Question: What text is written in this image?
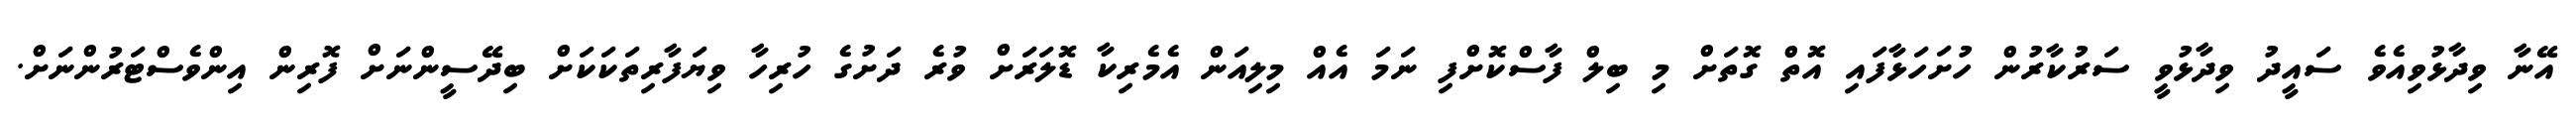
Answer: އޭނާ ވިދާޅުވިއެވެ ސައީދު ވިދާޅުވީ ސަރުކާރުން ހުށަހަޅާފައި އޮތް ގޮތަށް މި ބިލް ފާސްކޮށްފި ނަމަ އެއް މިލިއަން އެމެރިކާ ޑޮލަރަށް ވުރެ ދަށުގެ ހުރިހާ ވިޔަފާރިތަކަކަށް ބިދޭސީންނަށް ފޮރިން އިންވެސްޓަރުންނަށް.